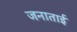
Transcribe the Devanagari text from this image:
जनाताई